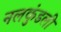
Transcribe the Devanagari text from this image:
नलकुंडली